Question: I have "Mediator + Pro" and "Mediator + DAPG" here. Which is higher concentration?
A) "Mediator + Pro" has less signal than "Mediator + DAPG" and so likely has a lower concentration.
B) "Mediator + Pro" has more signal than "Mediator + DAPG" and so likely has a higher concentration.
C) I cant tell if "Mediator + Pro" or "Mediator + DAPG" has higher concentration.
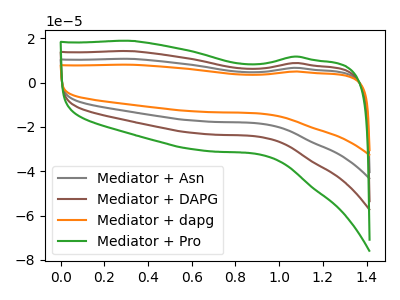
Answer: <think>The gray curve "Mediator + Asn" has no peaks. The brown curve "Mediator + DAPG" has no peaks. The orange curve "Mediator + dapg" has no peaks. The green curve "Mediator + Pro" has no peaks.
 Neither "Mediator + Pro" or "Mediator + DAPG" have any peaks.</think>
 <answer>C) I cant tell if "Mediator + Pro" or "Mediator + DAPG" has higher concentration.</answer>
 <eval>C</eval>